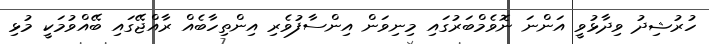
ހުރުޝިދު ވިދާޅުވީ އަންނަ ނޮވެމްބަރުގައި މިނިވަން އިންސާފުވެރި އިންތިހާބެއް ރާއްޖޭގައި ބޭއްވުމަކީ މުޅި